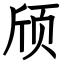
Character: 颀